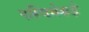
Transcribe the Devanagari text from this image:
पस्चिमेकडे